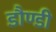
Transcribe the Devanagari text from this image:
डौण्डी